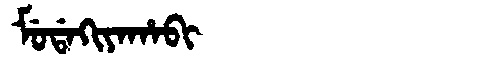
Manchu: ᠮᡠᡩᠠᡴᡳᠶᠠᡥᠠᠪᡳ
Romanization: MUDAKIYAHABI